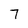
Character: 7